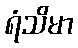
ရံသိမာ